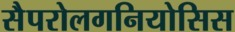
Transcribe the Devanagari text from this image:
सैपरोलगनियोसिस